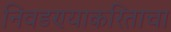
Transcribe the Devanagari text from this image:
निवडण्याकरिताचा